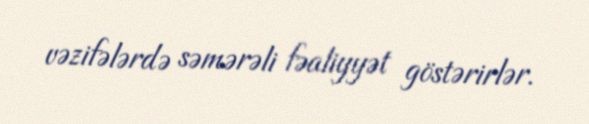
vəzifələrdə səmərəli fəaliyyət göstərirlər.